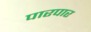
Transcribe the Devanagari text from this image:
पारपार